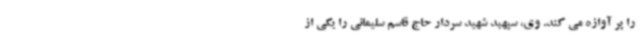
را پر آوازه می کند. وی، سپهبد شهید سردار حاج قاسم سلیمانی را یکی از